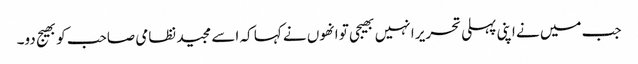
جب میں نے اپنی پہلی تحریر ا نہیں بھیجی تو انھوں نے کہا کہ اسے مجید نظامی صاحب کو بھیج دو۔